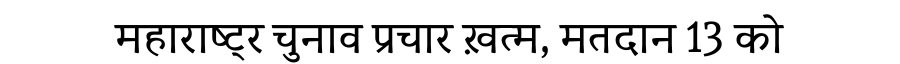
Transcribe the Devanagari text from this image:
महाराष्ट्र चुनाव प्रचार ख़त्म, मतदान 13 को